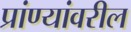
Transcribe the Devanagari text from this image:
प्रांण्यांवरील